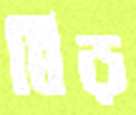
বিড়